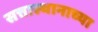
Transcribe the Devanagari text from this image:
सत्तास्थानाच्या